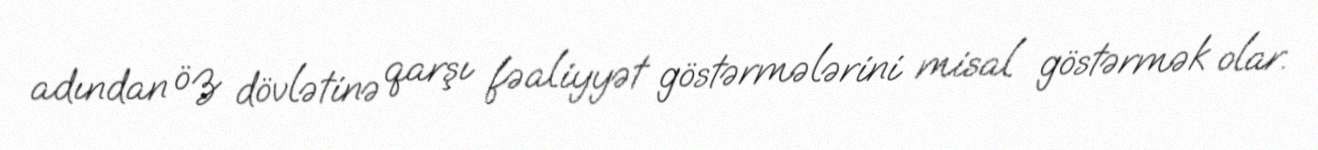
adından öz dövlətinə qarşı fəaliyyət göstərmələrini misal göstərmək olar.